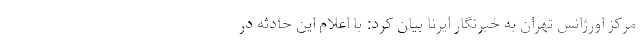
مرکز اورژانس تهران به خبرنگار ایرنا بیان کرد: با اعلام این حادثه در